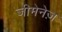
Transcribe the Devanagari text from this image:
जीमेनेज़